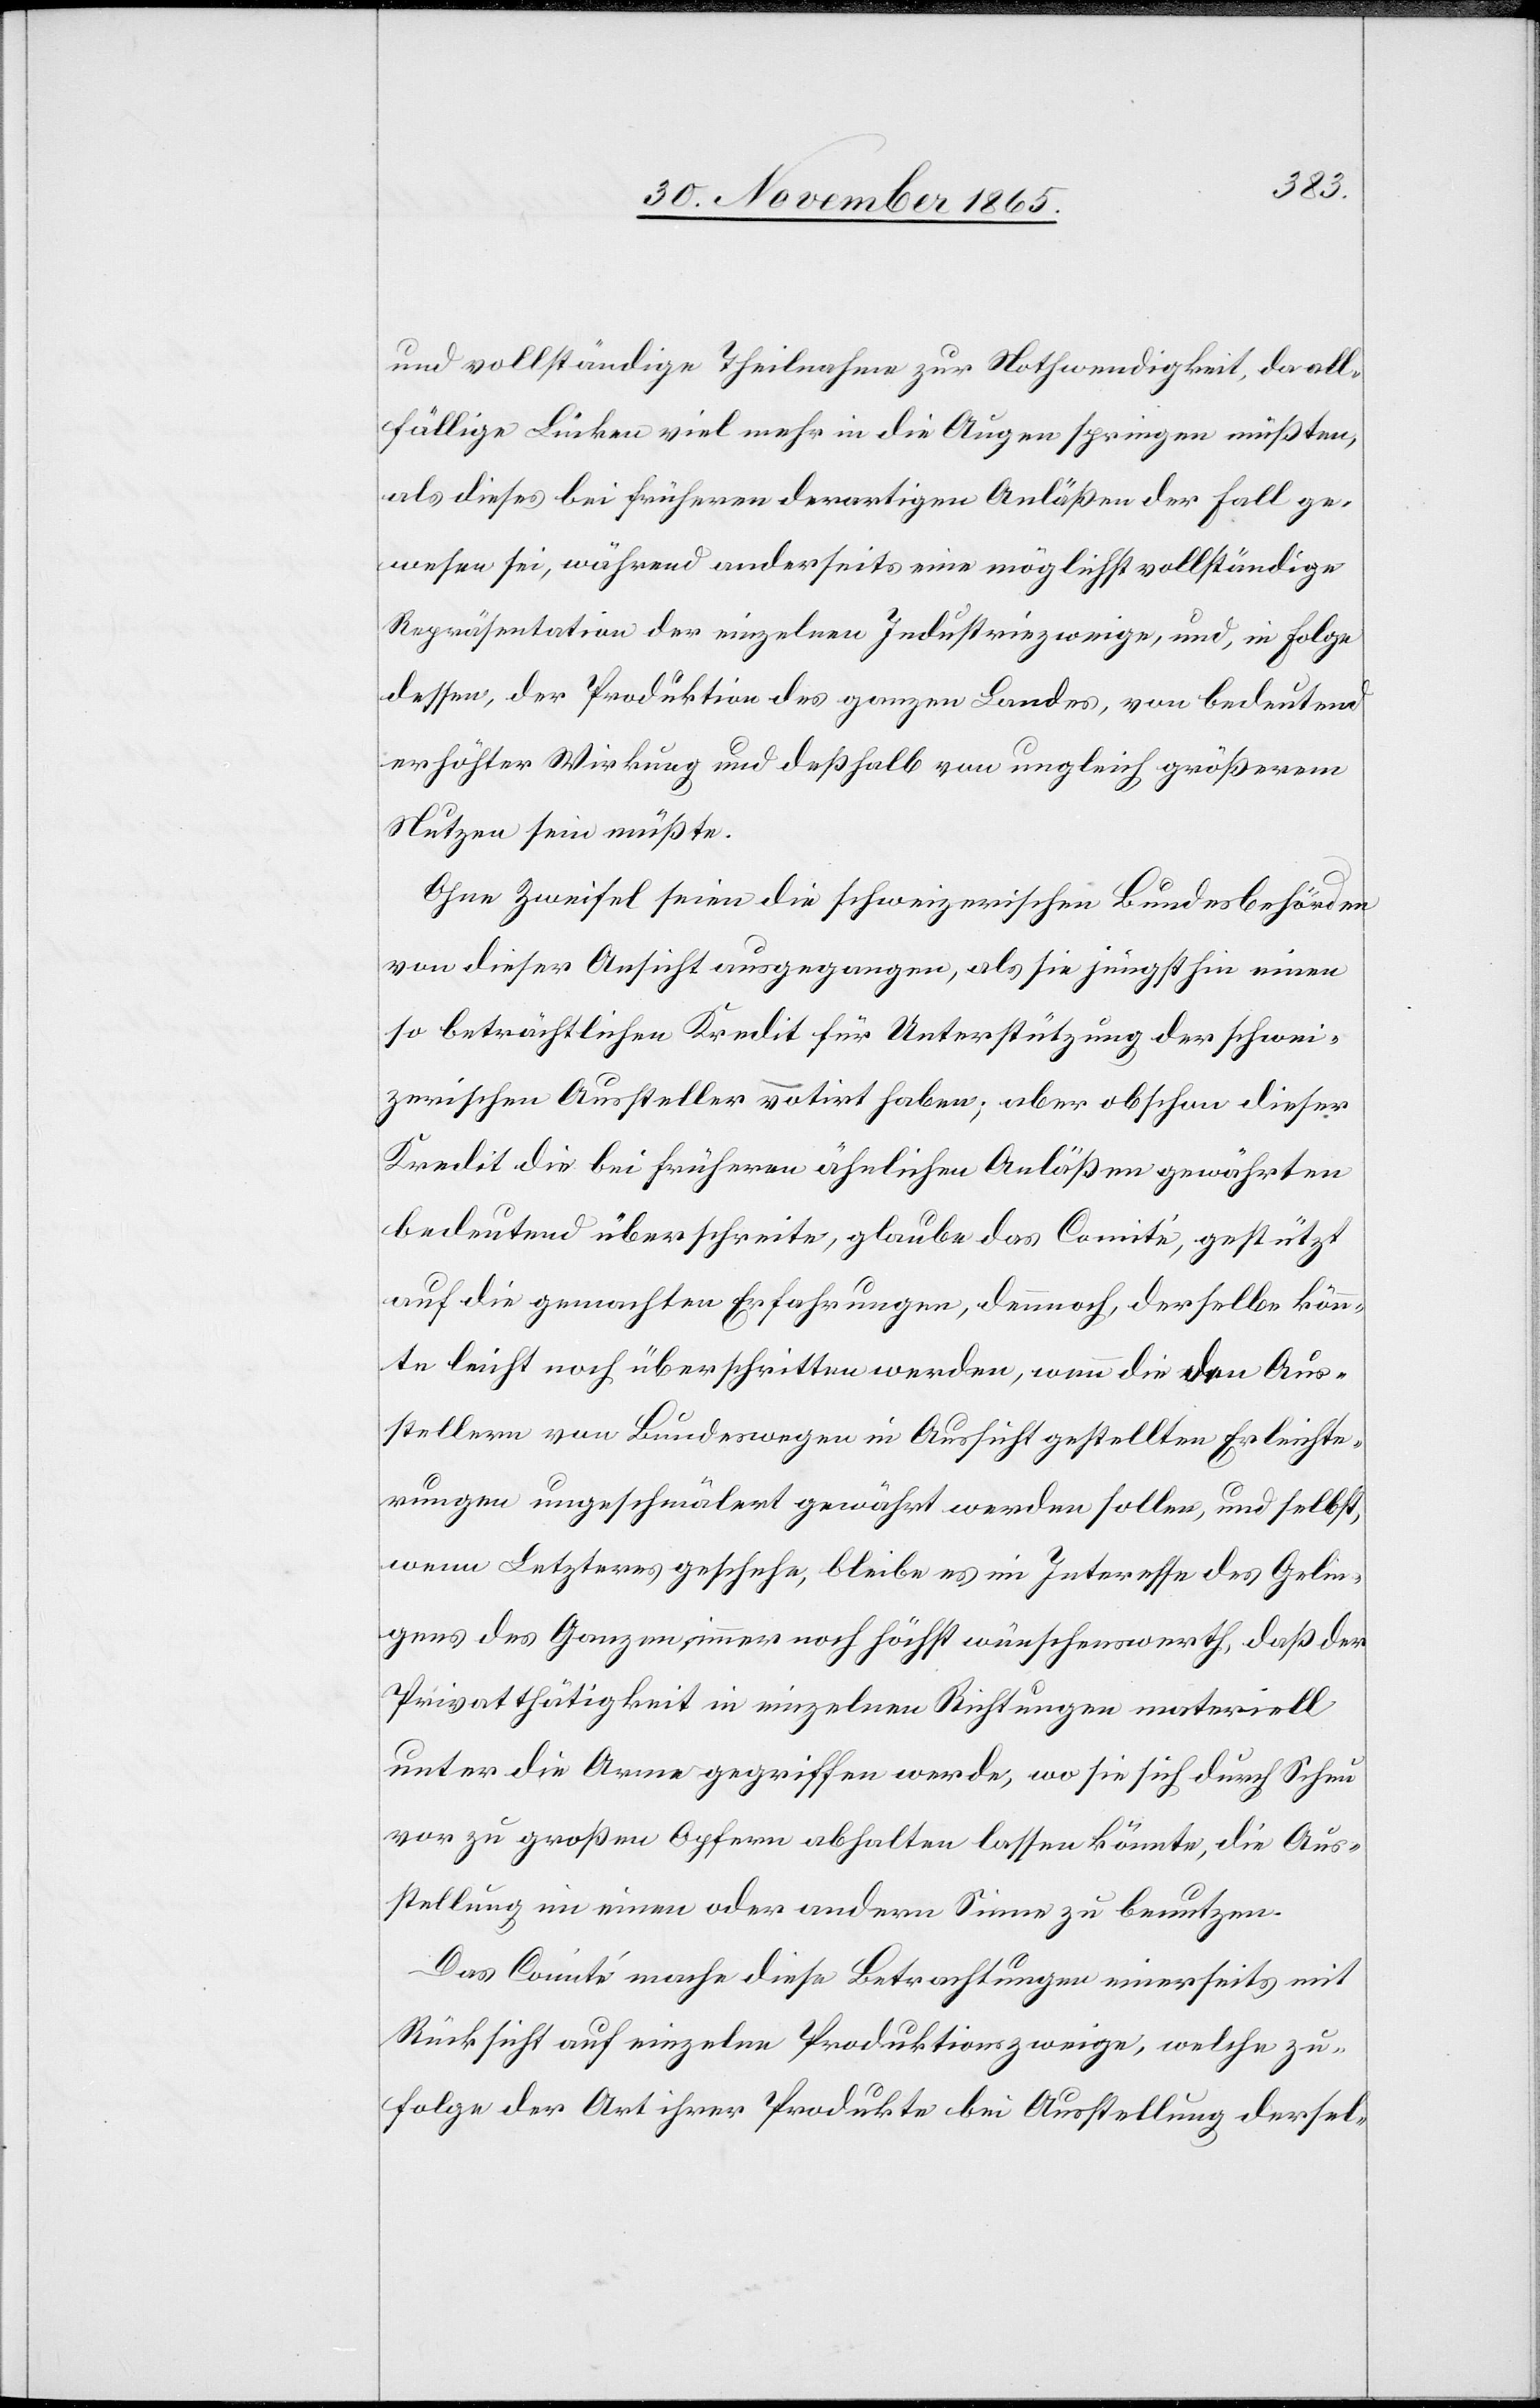
und vollständige Theilnahme zur Nothwendigkeit, da all¬
fällige Lücken viel mehr in die Augen springen müßten,
als dieses bei früheren derartigen Anläßen der Fall ge¬
wesen sei, während anderseits eine möglichst vollständige
Repräsentation der einzelnen Industriezweige, und, in Folge
dessen, der Produktion des ganzen Landes, von bedeutend
erhöhter Wirkung und deßhalb von ungleich größerem
Nutzen sein müßte.
Ohne Zweifel seien die schweizerischen Bundesbehörden
von dieser Ansicht ausgegangen, als sie jüngsthin einen
so beträchtlichen Kredit für Unterstützung der schwei¬
zerischen Aussteller notirt haben; aber obschon dieser
Kredit die bei früheren ähnlichen Anläßen gewährten
bedeutend überschreite, glaube das Comité, gestützt
auf die gemachten Erfahrungen, dennoch, derselbe könn¬
te leicht noch überschritten werden, wenn die den Aus¬
stellern von Bundeswegen in Aussicht gestellten Erleichte¬
rungen ungeschmälert gewährt werden sollen, und selbst,
wenn Letzteres geschehe, bleibe es im Interesse des Gelin¬
gens des Ganzen immer noch höchst wünschenswerth, daß der
Privatthätigkeit in einzelnen Richtungen materiell
unter die Arme gegriffen werde, wo sie sich durch Scheu
vor zu großen Opfern abhalten lassen könnte, die Aus¬
stellung im einen oder andern Sinne zu benutzen.
Das Comité mache diese Betrachtungen einerseits mit
Rücksicht auf einzelne Produktionszweige, welche zu¬
folge der Art ihrer Produkte bei Ausstellung dersel-